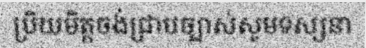
ប្រិយមិត្តចង់ជ្រាបច្បាស់សូមទស្សនា